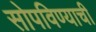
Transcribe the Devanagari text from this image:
सोपविण्याची